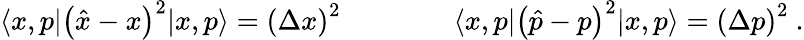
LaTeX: \langle x,p|\left({\hat{x}}-x\right)^{2}|x,p\rangle=\left(\Delta x\right)^{2}\qquad\qquad\langle x,p|\left({\hat{p}}-p\right)^{2}|x,p\rangle=\left(\Delta p\right)^{2}~.